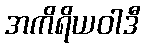
အကိရိယဝါဒီ